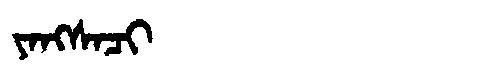
Manchu: ᠶᠠᠩᠰᠠᠴᡳ
Romanization: YANGSACI